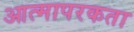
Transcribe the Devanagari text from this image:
आत्मापरकता